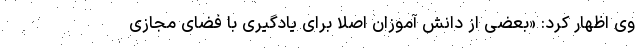
وی اظهار کرد: «بعضی از دانش آموزان اصلا برای یادگیری با فضای مجازی